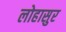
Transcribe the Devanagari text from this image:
लोहासुर